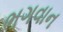
ભગવાન